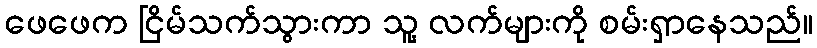
ဖေဖေက ငြိမ်သက်သွားကာ သူ့ လက်များကို စမ်းရှာနေသည်။